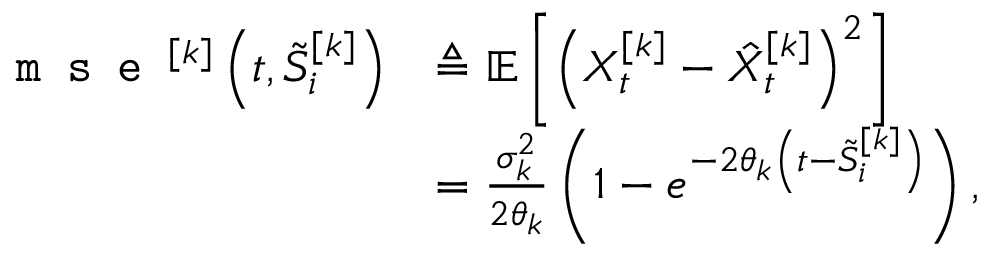
\begin{array} { r l } { \texttt { m s e } ^ { [ k ] } \left( t , \tilde { S } _ { i } ^ { [ k ] } \right) } & { \triangleq { \mathbb { E } } \left[ \left( X _ { t } ^ { [ k ] } - \hat { X } _ { t } ^ { [ k ] } \right) ^ { 2 } \right] } \\ & { = \frac { \sigma _ { k } ^ { 2 } } { 2 \theta _ { k } } \left( 1 - e ^ { - 2 \theta _ { k } \left( t - \tilde { S } _ { i } ^ { [ k ] } \right) } \right) , } \end{array}